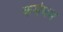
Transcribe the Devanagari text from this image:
कर्मेघम